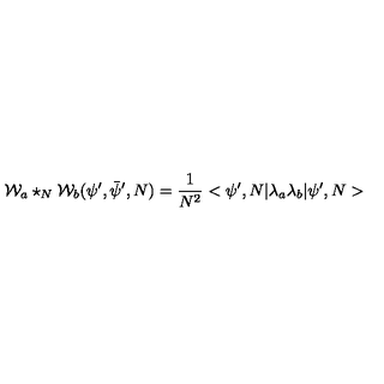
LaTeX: { \cal W } _ { a } \star _ { N } { \cal W } _ { b } ( \psi ^ { \prime } , \bar { \psi } ^ { \prime } , N ) = \frac { 1 } { N ^ { 2 } } < \psi ^ { \prime } , N | \lambda _ { a } \lambda _ { b } | \psi ^ { \prime } , N >